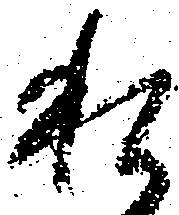
私